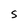
Character: S